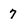
Character: 7